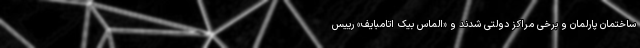
ساختمان پارلمان و برخی مراکز دولتی شدند و «الماس بیک اتامبایف» رییس